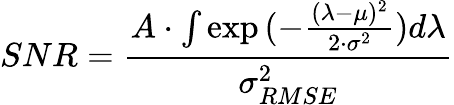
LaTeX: \large SNR={\frac{A\cdot\int{\exp{(-\frac{(\lambda-\mu)^{2}}{2\cdot\sigma^{2}})}}d\lambda}{\sigma_{RMSE}^{2}}}